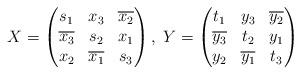
LaTeX: \begin{align*}X = \begin{pmatrix}s_1 & x_3 & \overline {x_2} \\\overline {x_3} & s_2 & x_1 \\x_2 & \overline {x_1} & s_3 \end{pmatrix},\;Y = \begin{pmatrix}t_1 & y_3 & \overline {y_2} \\\overline {y_3} & t_2 & y_1 \\y_2 & \overline {y_1} & t_3 \end{pmatrix}\end{align*}